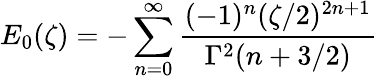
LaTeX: E_{0}(\zeta)=-\sum_{n=0}^{\infty}\frac{(-1)^{n}(\zeta/2)^{2n+1}}{\Gamma^{2}(n+3/2)}